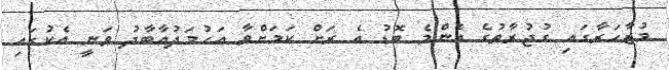
މުޒާހަރާގައި ގުޖުރާތުގެ އެންމެ ބޮޑު އެ ރަށް ކަމަށްވާ އަހުމަދުއާބާދު ވަނީ އެކުގައި